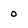
Character: 0